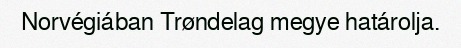
Norvégiában Trøndelag megye határolja.